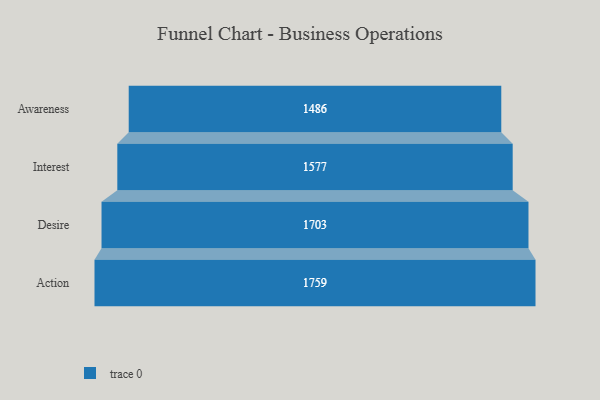
{"axis": {"x": "Stage", "y": "Value"}, "legend": [""], "data": [{"x": "Awareness", "y": 1486.0, "type": ""}, {"x": "Interest", "y": 1577.0, "type": ""}, {"x": "Desire", "y": 1703.0, "type": ""}, {"x": "Action", "y": 1759.0, "type": ""}]}